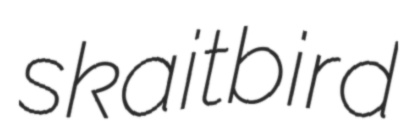
skaitbird